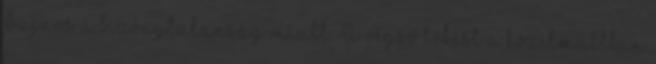
Sajnos a bizonytalanság miatt. A végső lökést a közelmúltban